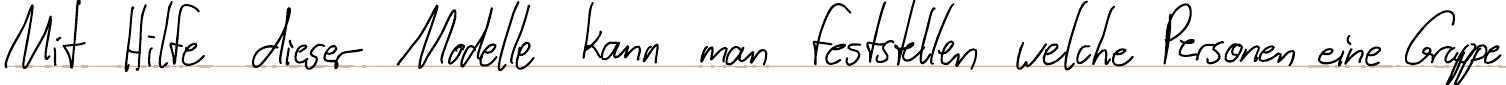
Mit Hilfe dieser Modelle kann man feststellen welche Personen eine Gruppe